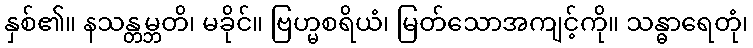
နှစ်၏။ နသန္တမ္ဘတိ၊ မခိုင်။ ဗြဟ္မစရိယံ၊ မြတ်သောအကျင့်ကို။ သန္ဓာရေတုံ၊